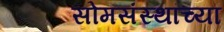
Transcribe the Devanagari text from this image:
सोमसंस्थांच्या